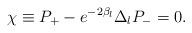
LaTeX: \begin{align*} \chi \equiv P_+ - e^{-2\beta _l}\Delta _lP_- = 0.\end{align*}